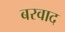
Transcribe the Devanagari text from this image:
बरवाद